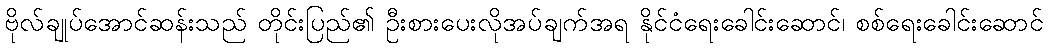
ဗိုလ်ချုပ်အောင်ဆန်းသည် တိုင်းပြည်၏ ဦးစားပေးလိုအပ်ချက်အရ နိုင်ငံရေးခေါင်းဆောင်၊ စစ်ရေးခေါင်းဆောင်